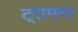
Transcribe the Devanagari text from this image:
ट्रामचा